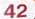
42